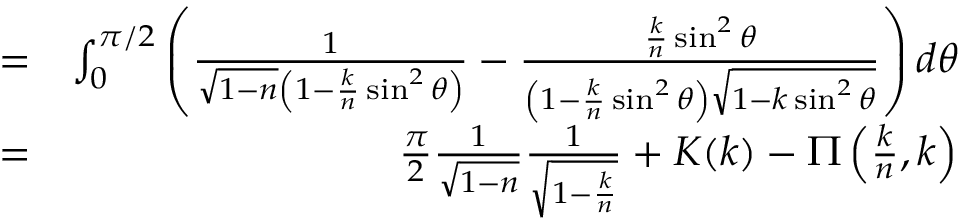
\begin{array} { r l r } & { = } & { \int _ { 0 } ^ { \pi / 2 } \left( \frac { 1 } { \sqrt { 1 - n } \left( 1 - \frac { k } { n } \sin ^ { 2 } \theta \right) } - \frac { \frac { k } { n } \sin ^ { 2 } \theta } { \left( 1 - \frac { k } { n } \sin ^ { 2 } \theta \right) \sqrt { 1 - k \sin ^ { 2 } \theta } } \right) d \theta } \\ & { = } & { \frac { \pi } { 2 } \frac { 1 } { \sqrt { 1 - n } } \frac { 1 } { \sqrt { 1 - \frac { k } { n } } } + K ( k ) - \Pi \left( \frac { k } { n } , k \right) } \end{array}